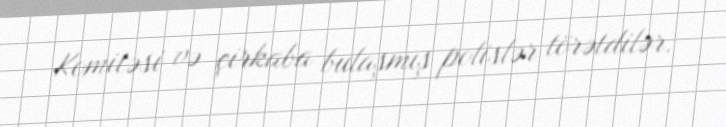
Komitəsi və çirkaba bulaşmış polislər törətdilər.